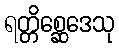
ရတ္တိစ္ဆေဒေသု